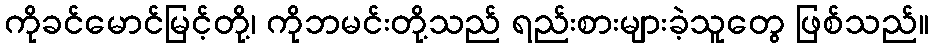
ကိုခင်မောင်မြင့်တို့၊ ကိုဘမင်းတို့သည် ရည်းစားများခဲ့သူတွေ ဖြစ်သည်။